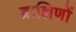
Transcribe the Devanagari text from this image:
ब्राह्मिणों